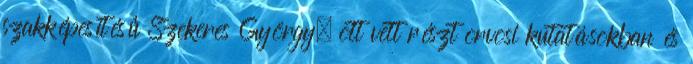
szakképesítésû Szekeres György, ott vett részt orvosi kutatásokban és